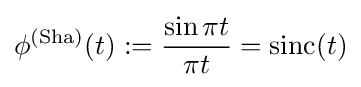
\phi ^{\text{(Sha)}}(t):={\frac {\sin \pi t}{\pi t}}=\operatorname {sinc} (t)